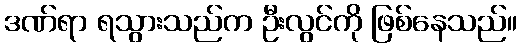
ဒဏ်ရာ ရသွားသည်က ဦးလွင်ကို ဖြစ်နေသည်။